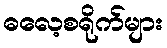
ဓလေ့စရိုက်များ